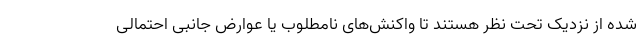
شده از نزدیک تحت نظر هستند تا واکنش‌های نامطلوب یا عوارض جانبی احتمالی